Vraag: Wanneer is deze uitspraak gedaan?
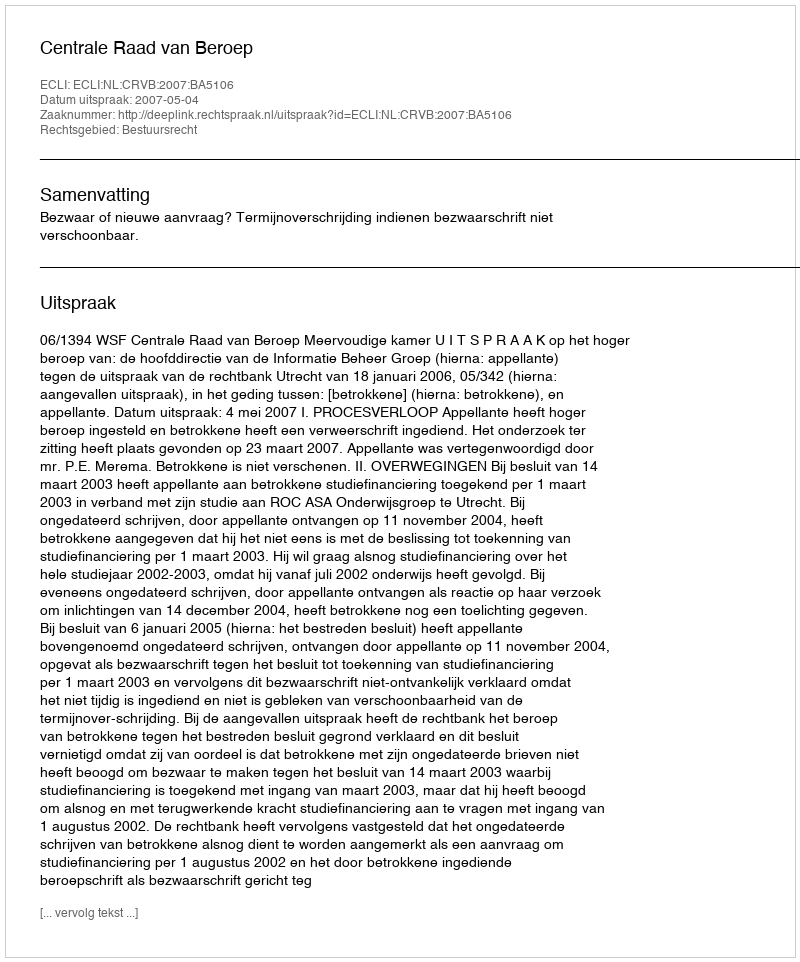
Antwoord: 2007-05-04